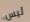
ليس